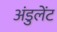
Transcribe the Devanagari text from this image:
अंडुलेंट